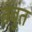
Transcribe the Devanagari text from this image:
तंबुत